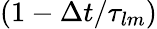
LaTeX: (1-\Delta t/\tau_{lm})